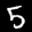
Label: 5